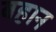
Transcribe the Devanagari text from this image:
बहान